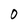
Character: 0